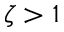
\zeta > 1